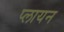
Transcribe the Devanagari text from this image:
प्लायन